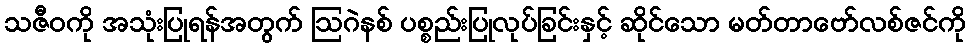
သဇီဝကို အသုံးပြုရန်အတွက် ဩဂဲနစ် ပစ္စည်းပြုလုပ်ခြင်းနှင့် ဆိုင်သော မတ်တာဗော်လစ်ဇင်ကို